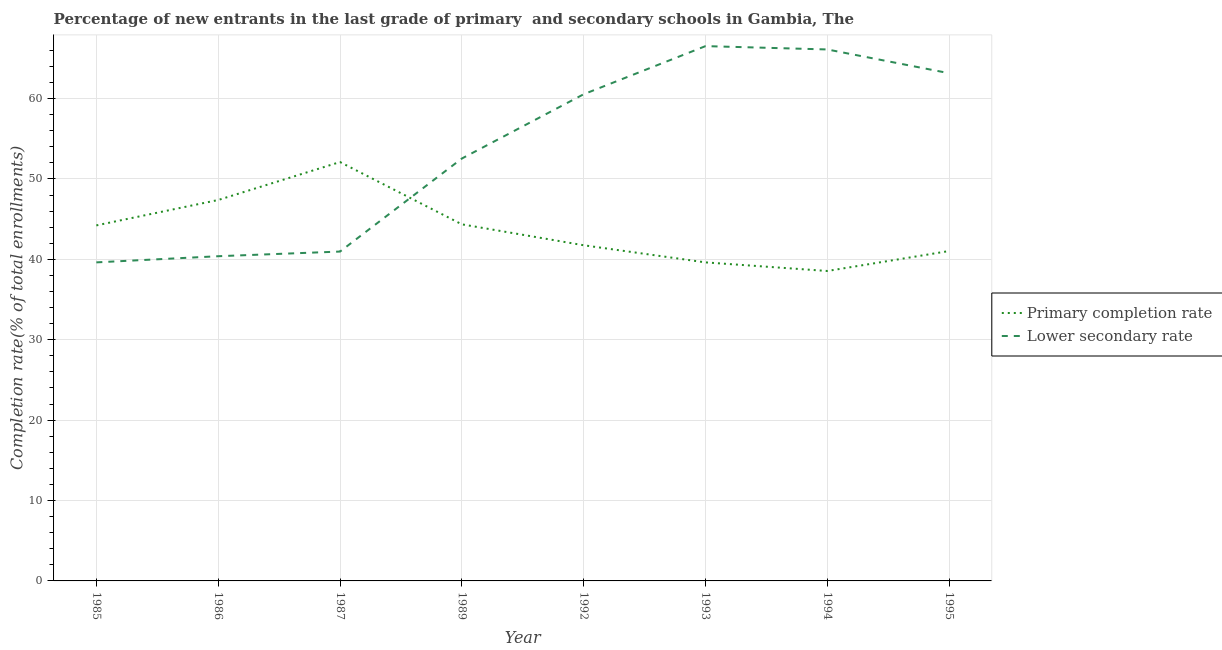
| Year | Primary completion rate | Lower secondary rate |
 | --- | --- | --- |
 | 1985 | 44.2 | 39.6 |
 | 1986 | 47.4 | 40.4 |
 | 1987 | 52.1 | 41 |
 | 1989 | 44.4 | 52.5 |
 | 1992 | 41.8 | 60.5 |
 | 1993 | 39.6 | 66.5 |
 | 1994 | 38.6 | 66.1 |
 | 1995 | 41 | 63.2 |